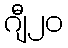
ဂျီ၂၀